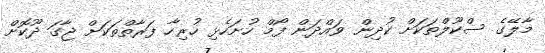
މާލޭގެ ސްކޫލްތަކަށް ކުދިން ވައްދަން ފޯމް ހުށަހެޅި ހުރިހާ ފަރާތްތަކަށް ޖާގަ ދޫކޮށް